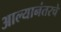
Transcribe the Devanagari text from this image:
आल्यानंतरचे